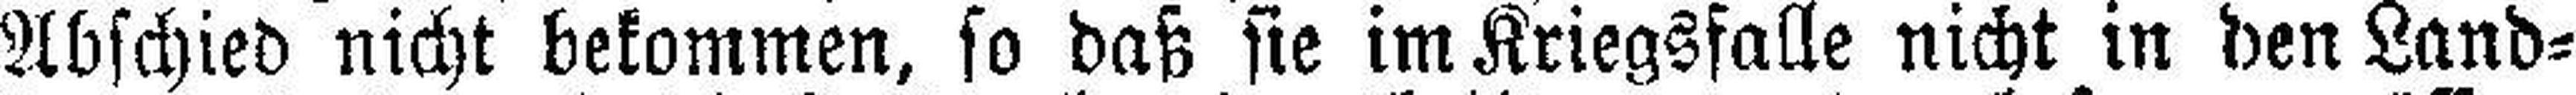
Abschied nicht bekommen, so daß sie im Kriegsfalle nicht in den Land¬